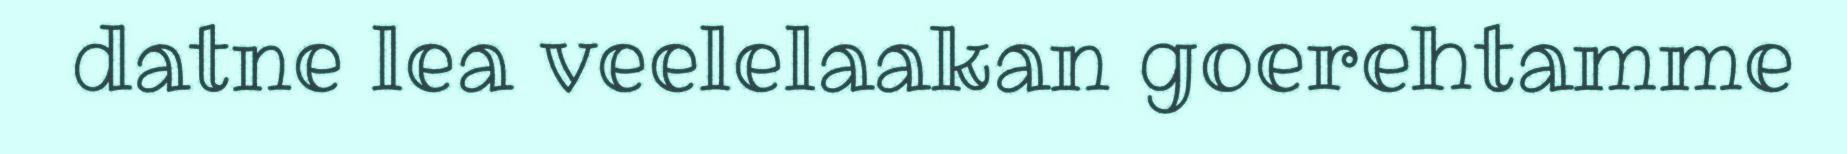
datne lea veelelaakan goerehtamme